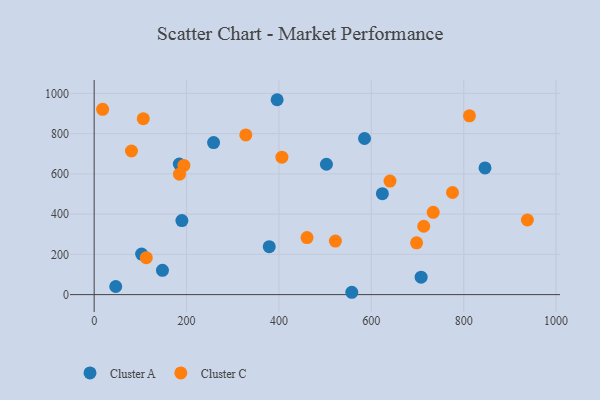
{"axis": {"x": "Speed", "y": "Profit"}, "legend": ["Cluster A", "Cluster C"], "data": [{"x": "707.8", "y": 86.7, "type": "Cluster A"}, {"x": "557.7", "y": 11.6, "type": "Cluster A"}, {"x": "396.1", "y": 968.5, "type": "Cluster A"}, {"x": "46.7", "y": 40.4, "type": "Cluster A"}, {"x": "102.7", "y": 201.2, "type": "Cluster A"}, {"x": "846.1", "y": 629.8, "type": "Cluster A"}, {"x": "147.8", "y": 120.6, "type": "Cluster A"}, {"x": "258.5", "y": 755.8, "type": "Cluster A"}, {"x": "379.0", "y": 238.3, "type": "Cluster A"}, {"x": "189.9", "y": 368.1, "type": "Cluster A"}, {"x": "502.8", "y": 647.9, "type": "Cluster A"}, {"x": "184.3", "y": 649.0, "type": "Cluster A"}, {"x": "585.3", "y": 775.8, "type": "Cluster A"}, {"x": "623.9", "y": 501.7, "type": "Cluster A"}, {"x": "106.3", "y": 874.2, "type": "Cluster C"}, {"x": "112.8", "y": 183.7, "type": "Cluster C"}, {"x": "733.9", "y": 409.1, "type": "Cluster C"}, {"x": "406.4", "y": 682.9, "type": "Cluster C"}, {"x": "80.7", "y": 713.7, "type": "Cluster C"}, {"x": "812.4", "y": 888.5, "type": "Cluster C"}, {"x": "522.2", "y": 266.0, "type": "Cluster C"}, {"x": "937.8", "y": 370.9, "type": "Cluster C"}, {"x": "775.7", "y": 507.5, "type": "Cluster C"}, {"x": "640.4", "y": 564.1, "type": "Cluster C"}, {"x": "713.4", "y": 339.7, "type": "Cluster C"}, {"x": "698.0", "y": 257.4, "type": "Cluster C"}, {"x": "460.8", "y": 283.4, "type": "Cluster C"}, {"x": "328.3", "y": 793.7, "type": "Cluster C"}, {"x": "194.2", "y": 642.1, "type": "Cluster C"}, {"x": "184.7", "y": 598.5, "type": "Cluster C"}, {"x": "18.3", "y": 920.8, "type": "Cluster C"}]}